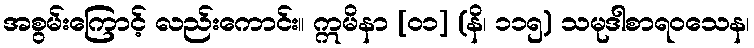
အစွမ်းကြောင့် လည်းကောင်း။ ဣမိနာ [၀၁] (နိ၊ ၁၁၅) သမုဒါစာရဝသေန၊